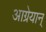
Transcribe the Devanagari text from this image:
आग्रेयान्